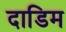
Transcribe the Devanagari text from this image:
दाडिम